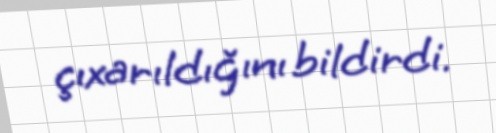
çıxarıldığını bildirdi.